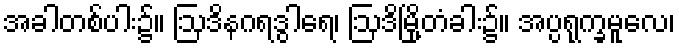
အခါတစ်ပါး၌။ ဩဒိနဂရဒွါရေ၊ ဩဒိမြို့တံခါး၌။ အပ္ပရုက္ခမူလေ၊